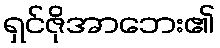
ရှင်ဇိုအာဘေး၏